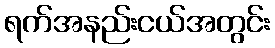
ရက်အနည်းငယ်အတွင်း